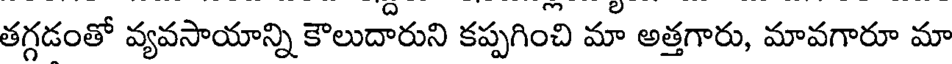
తగ్గడంతో వ్యవసాయాన్ని కౌలుదారుని కప్పగించి మా అత్తగారు, మావగారూ మా